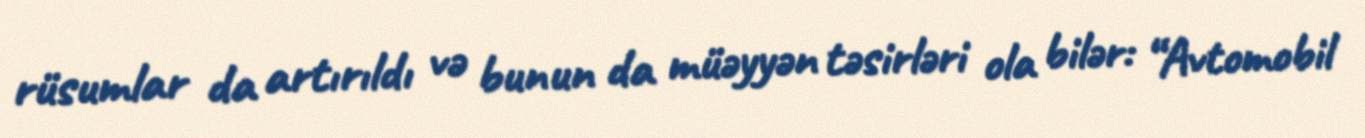
rüsumlar da artırıldı və bunun da müəyyən təsirləri ola bilər: “Avtomobil